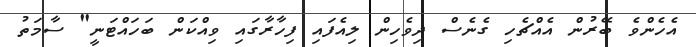
އެހެންވެ ބޭރުން އެއްޗެހި ގެނެސް ދިވެހިން ލިއެފައި ފިހާރާގައި ވިއްކަން ބަހައްޓަނީ" ސާމަތު